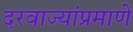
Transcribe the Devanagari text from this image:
दरवाज्यांप्रमाणे